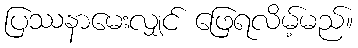
ပြဿနာမေးလျှင် ဖြေရလိမ့်မည်။